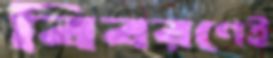
বিবরণেই